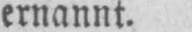
ernannt.